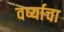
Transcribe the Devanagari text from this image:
वर्ष्याचा